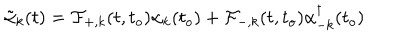
\tilde { \alpha } _ { k } ( t ) = { \cal { F } } _ { + , k } ( t , t _ { o } ) { \alpha } _ { k } ( t _ { o } ) + { \cal { F } } _ { - , k } ( t , t _ { o } ) { \alpha } _ { - k } ^ { \dagger } ( t _ { o } )